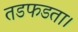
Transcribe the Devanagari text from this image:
तडफडता।